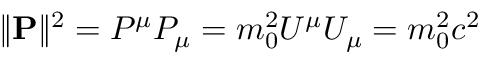
\| \mathbf { P } \| ^ { 2 } = P ^ { \mu } P _ { \mu } = m _ { 0 } ^ { 2 } U ^ { \mu } U _ { \mu } = m _ { 0 } ^ { 2 } c ^ { 2 }